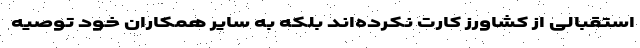
استقبالی از کشاورز کارت نکرده‌اند بلکه به سایر همکاران خود توصیه